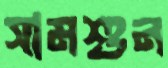
সামশুন